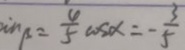
\sin \beta = \frac { 4 } { 5 } \cos \alpha = - \frac { 3 } { 5 }